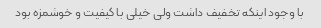
با وجود اینکه تخفیف داشت ولی خیلی با کیفیت و خوشمزه بود